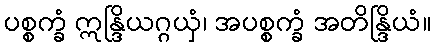
ပစ္စက္ခံ ဣန္ဒြိယဂ္ဂယှံ၊ အပစ္စက္ခံ အတိန္ဒြိယံ။